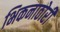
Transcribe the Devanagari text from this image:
भिकनाठोरी